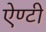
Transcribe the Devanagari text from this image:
ऐण्टी